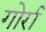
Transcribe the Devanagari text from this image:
गोर्रा